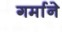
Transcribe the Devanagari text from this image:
गर्माने